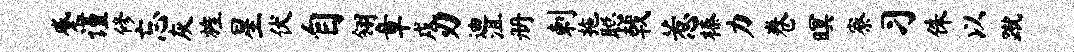
蹙谨修忘灰旌星伏自翎章戍刃迪沮册剌拖聪戟惹榛力卷暝寮习侏以蹴